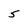
Character: 5